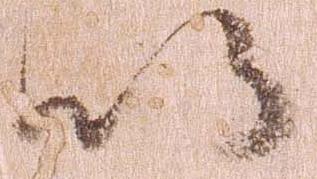
以